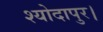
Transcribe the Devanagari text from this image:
श्योदापुर।